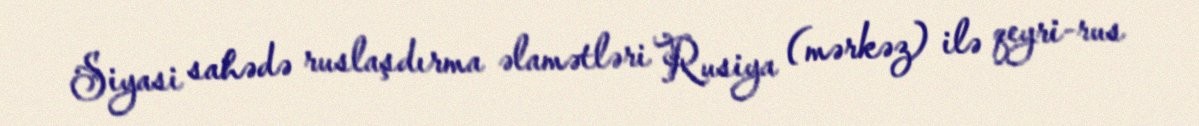
Siyasi sahədə ruslaşdırma əlamətləri Rusiya (mərkəz) ilə qeyri-rus